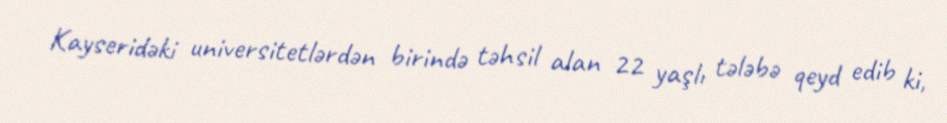
Kayseridəki universitetlərdən birində təhsil alan 22 yaşlı tələbə qeyd edib ki,